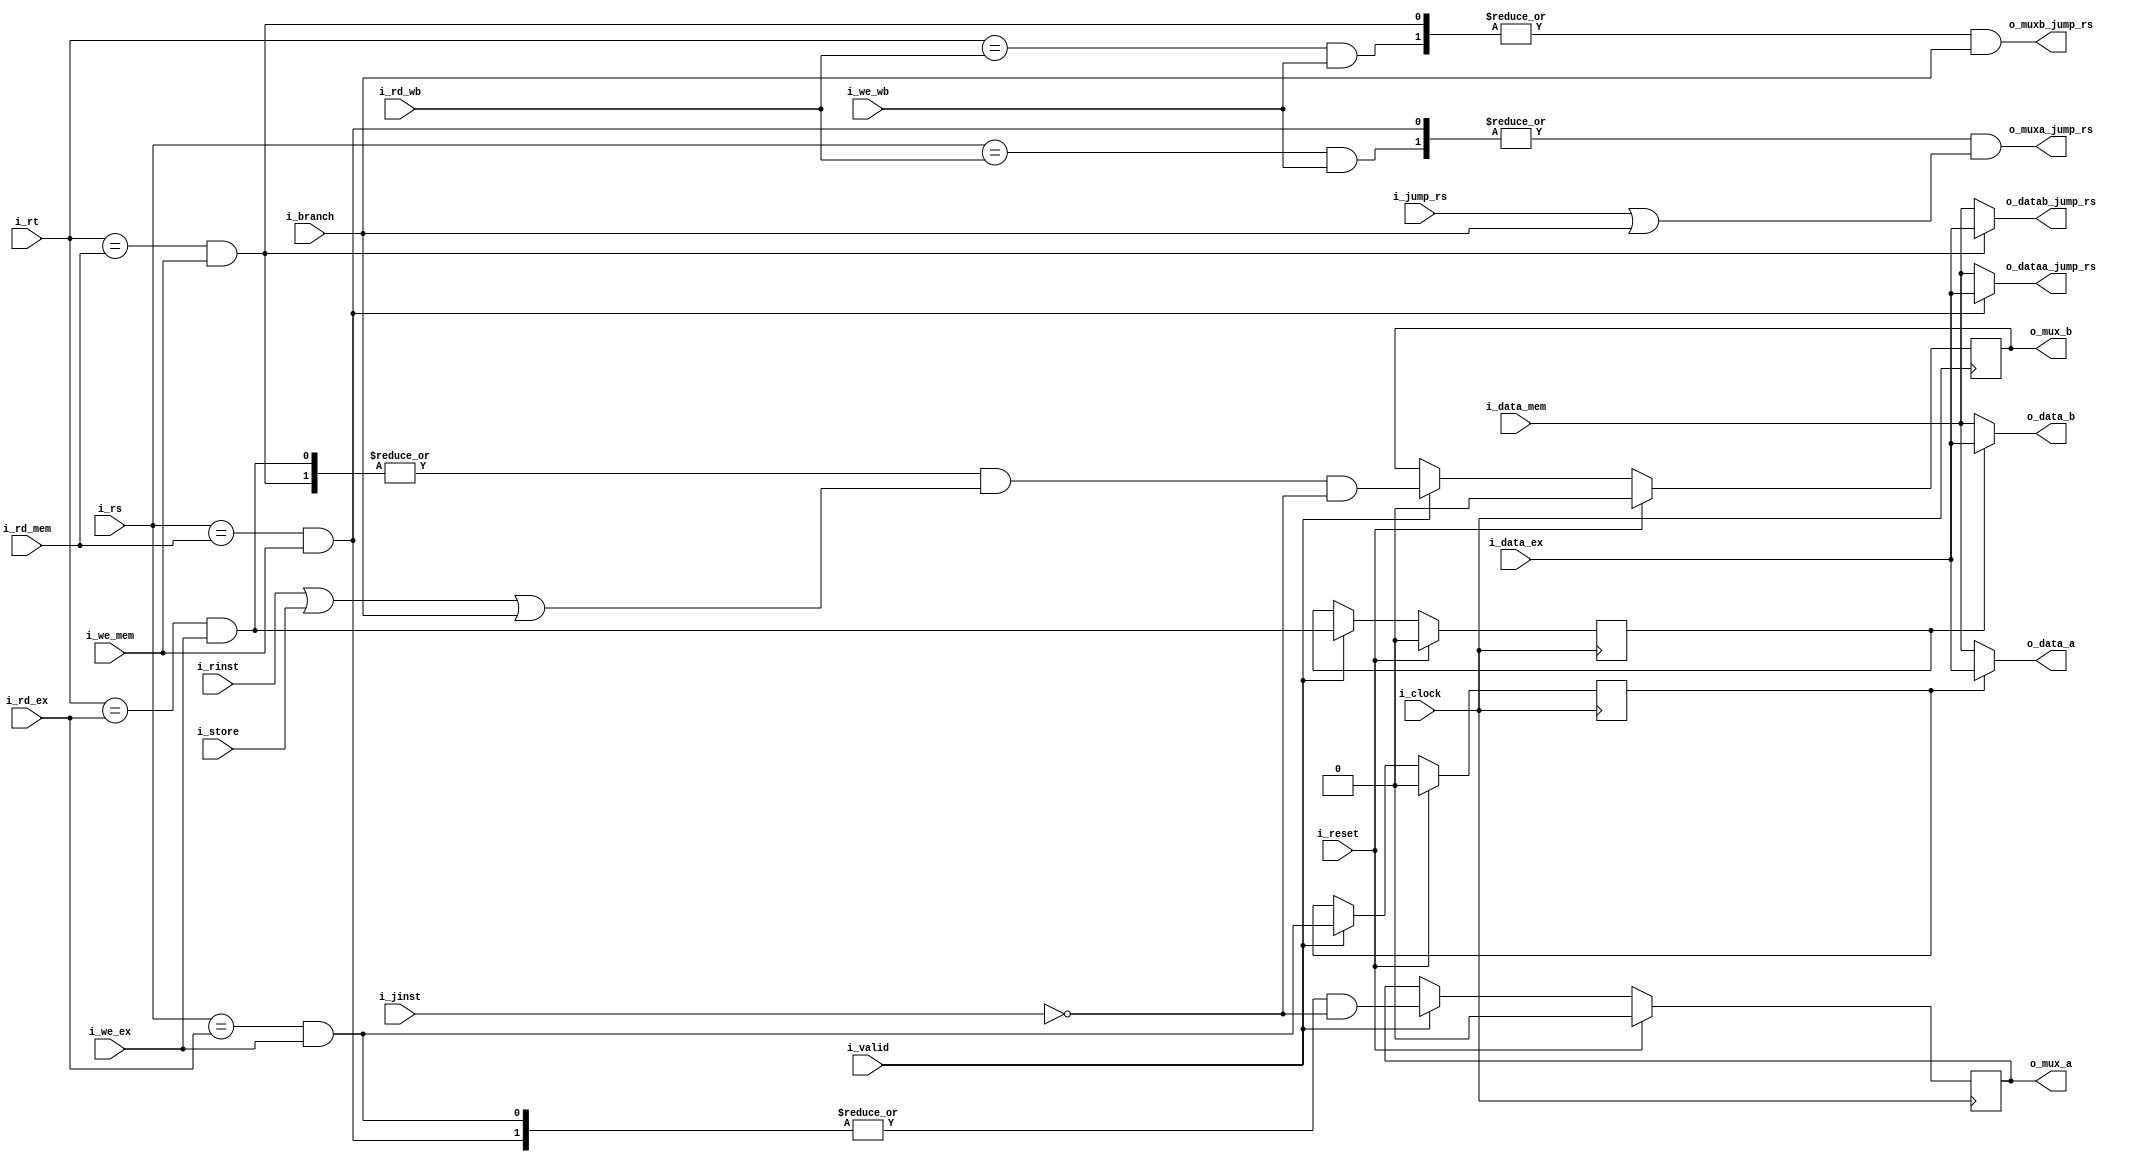
module shortcircuit_unit
  #(
    parameter NB_REG_ADDR = 5,
    parameter NB_REG      = 32,
    parameter NB_OPCODE   = 6
    )
   (
    output [NB_REG-1:0]     o_data_a,
    output [NB_REG-1:0]     o_data_b,
    output reg              o_mux_a,
    output reg              o_mux_b,
    output                  o_muxa_jump_rs,
    output                  o_muxb_jump_rs,
    output [NB_REG-1:0]     o_dataa_jump_rs,
    output [NB_REG-1:0]     o_datab_jump_rs,

    input                   i_store,
    input                   i_jump_rs,
    input                   i_we_ex,
    input                   i_we_mem,
    input                   i_we_wb,
    input                   i_rinst,
    input                   i_branch,
    input                   i_jinst,
    input [NB_REG-1:0]      i_data_ex,
    input [NB_REG-1:0]      i_data_mem,
    input [NB_REG_ADDR-1:0] i_rd_ex,
    input [NB_REG_ADDR-1:0] i_rd_mem,
    input [NB_REG_ADDR-1:0] i_rd_wb,
    input [NB_REG_ADDR-1:0] i_rs,
    input [NB_REG_ADDR-1:0] i_rt,

    input wire              i_clock,
    input wire              i_reset,
    input wire              i_valid
    ) ;

   wire [2-1:0]             data_source_a;
   wire [2-1:0]             data_source_b;
   wire [2-1:0]             branch_data_source_a;
   wire [2-1:0]             branch_data_source_b;
   reg                      data_source_a_reg;
   reg                      data_source_b_reg;

   wire [NB_REG-1:0]        data_a;
   wire [NB_REG-1:0]        data_b;
   wire                     mux_a;
   wire                     mux_b;

   // juan dice que el croto circuoito de jump rs
   assign o_muxa_jump_rs  = |branch_data_source_a & (i_jump_rs | i_branch); //& i_rinst;
   assign o_muxb_jump_rs  = |branch_data_source_b & i_branch; //& i_rinst;
   assign o_dataa_jump_rs = branch_data_source_a[0] ? i_data_ex : i_data_mem;
   assign o_datab_jump_rs = branch_data_source_b[0] ? i_data_ex : i_data_mem;

   always @(posedge i_clock)
   begin
      if (i_reset) begin
         o_mux_a <= 1'b0;
         o_mux_b <= 1'b0;
         data_source_a_reg <= 1'b0;
         data_source_b_reg <= 1'b0;
      end else if (i_valid) begin
         o_mux_a <= mux_a;
         o_mux_b <= mux_b;
         data_source_a_reg <= data_source_a[0];
         data_source_b_reg <= data_source_b[0];
      end
   end

   assign o_data_a = data_a;
   assign o_data_b = data_b;

   assign mux_a = |data_source_a & ~i_jinst;
   assign mux_b = |data_source_b & (i_rinst | i_store | i_branch) & ~i_jinst;

   assign data_a = data_source_a_reg ? i_data_ex : i_data_mem;
   assign data_b = data_source_b_reg ? i_data_ex : i_data_mem;

   assign data_source_a[0] = ((i_rs == i_rd_ex) & i_we_ex);
   assign data_source_a[1] = ((i_rs == i_rd_mem) & i_we_mem);

   assign data_source_b[0] = ((i_rt == i_rd_ex) & i_we_ex);
   assign data_source_b[1] = ((i_rt == i_rd_mem) & i_we_mem);

   //Branch logic, cortocircuito sin latch
   assign branch_data_source_a[0] = ((i_rs == i_rd_mem) & i_we_mem);
   assign branch_data_source_a[1] = ((i_rs == i_rd_wb) & i_we_wb);

   assign branch_data_source_b[0] = ((i_rt == i_rd_mem) & i_we_mem);
   assign branch_data_source_b[1] = ((i_rt == i_rd_wb) & i_we_wb);
endmodule